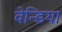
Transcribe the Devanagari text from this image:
वेन्डिया